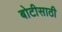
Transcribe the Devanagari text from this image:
बोटीसाठी